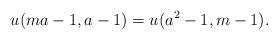
LaTeX: \begin{align*} u( ma-1, a-1) = u (a^2-1, m-1). \end{align*}